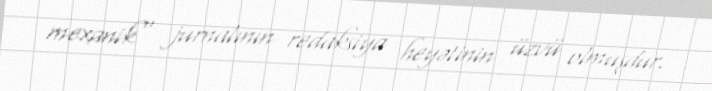
mexanik" jurnalının redaksiya heyətinin üzvü olmuşdur.